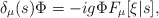
\begin{align*}\delta_\mu(s) \Phi = - ig \Phi F_\mu[\xi|s],\end{align*}